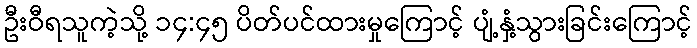
ဦးဝီရသူကဲ့သို့ ၁၄:၄၅ ပိတ်ပင်ထားမှုကြောင့် ပျံ့နှံ့သွားခြင်းကြောင့်